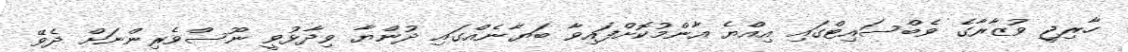
ހާރިޖީ ވުޒާރާގެ ވެބްސައިޓްގައި އިއްޔެ އާންމުކޮށްފައިވާ ބަޔާނެއްގައި ދުންޔާ ވިދާޅުވީ ނޫސްވެރިންނަށް ދެވޭ